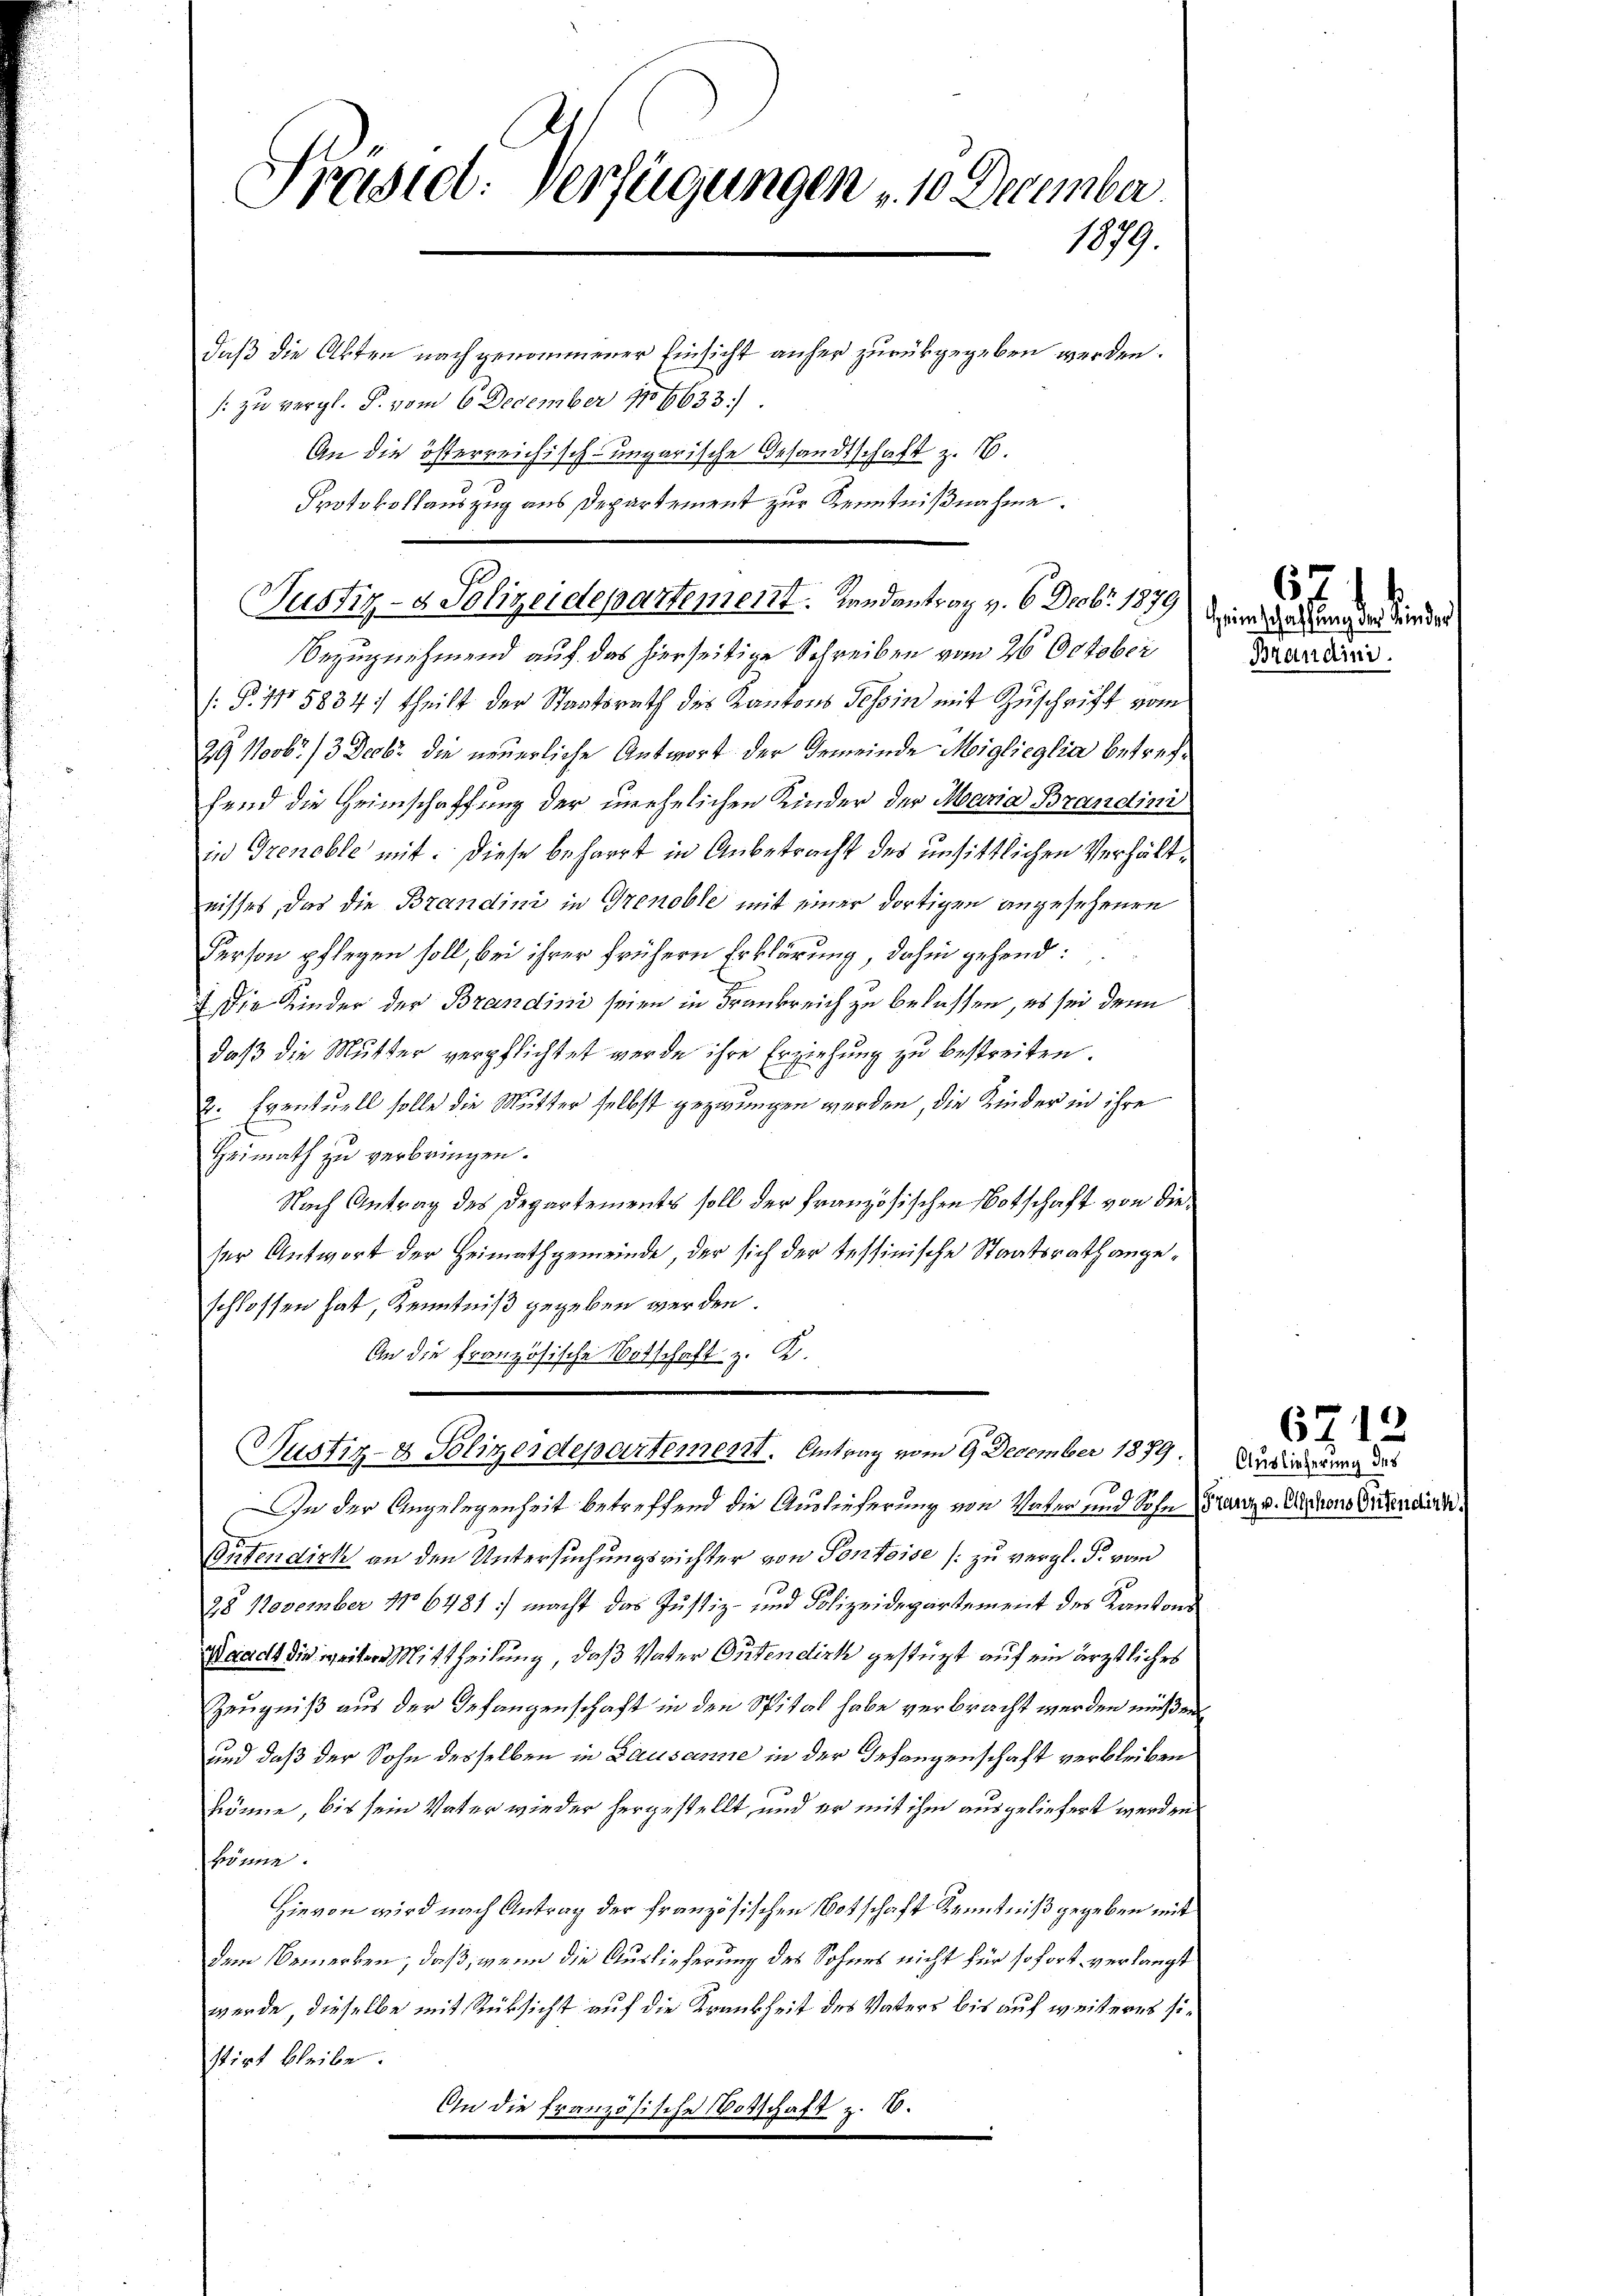
Präseel. Verfügungen 10 December.
1079.
daß die Akten nach genommener Einsicht anher zurükgegeben werden.
/: zu vergl. P. vom 6. December 1886633).
An die österreichisch-ungarische Gesandtschaft z. B.
Protokollauszug aus Departement zur Kenntnißnahme.

Justiz- & Polizeidepartement. Landantrag v. 6. Drob. 1879 der der ungen die des
Bezugnehmend auf das hierseitige Schreiben vom 26 October

(§. 115884/ theilt der Staatsrath der Kantons Tessin mit Zuschrift vom
29 Novbr. /3 Decb. die neuerliche Antwort der Gemeinde Miglieglia betreffend die Heimschaffung der unehelichen Kinder der Maria Brandini
in Grenoble mit: Diese beharrt in Anbetracht des unsittlichen Verhältnisses, das die Brandini in Grenoble mit einer dortigen angesehenen
Person pflegen soll, bei ihrer frühern Erklärung, dahin gehend:
2. Die Kinder der Brandini seien in Frankreich zu belassen, es sei denn
daß die Mutter verpflichtet werde ihre Erziehung zu bestreiten.
2. Eventuell solle die Mutter selbst gezwungen werden, die Kinder in ihre
Heimath zu verbringen.
Nach Antrag des Departements soll der Französischen Botschaft von dieser Antwort der Heimathgemeinde, der sich der tessinische Staatsrath angeschlossen hat, Kenntniß gegeben werden.
An die französische Botschaft z. K.
2
Justiz- & Polizendepartement. Antrag vom 9 December 1879.
In der Angelegenheit betreffend die Auslieferung von Vater und Sohn Franz v. Schen Ortendisch
Oritendick an den Untersuchungsrichter von Pontoise (zu vergl. P. vom
28 November No 6481 :) macht das Justiz- und Polizeidepartement des Kantons
Waadt die weiter Mittheilung, daß Vater Ortendirk gestürzt auf ein ärztliches
Zeugniß aus der Gefangenschaft in den Spital habe verbracht werden müßen
und daß der Sohn desselben in Lausanne in der Gefangenschaft verbleiben
könne, bis sein Vater wieder hergestellt, und er mit ihm ausgeliefert werden
könne.
Hievon wird nach Antrag der französischen Notschaft Kenntniß gegeben mit
dem Bemerken, daß, wenn die Auslieferung des Sohnes nicht für sofort verlangt
werde, dieselbe mit Rücksicht auf die Krankheit des Vaters bis auf weiteres sistirt bleibe.
An die französische Votschaft z. B.

67
Brandini.

Auslieferung des

6712